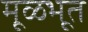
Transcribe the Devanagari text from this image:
मूळभूत